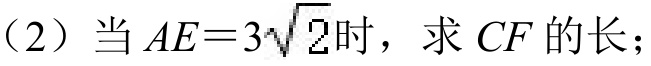
（2）当\(AE = 3\sqrt{2}\)时，求\(CF\)的长；